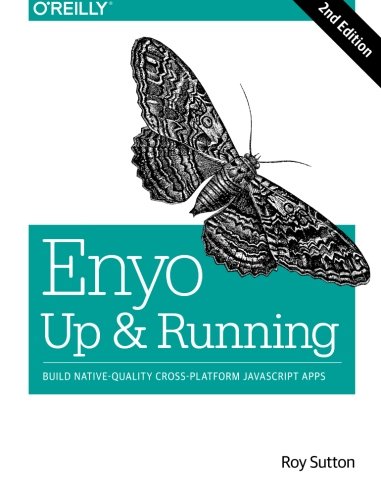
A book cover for Enyo: Up and Running: Build Native-Quality Cross-Platform JavaScript Apps; Roy Sutton; Computers & Technology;